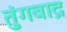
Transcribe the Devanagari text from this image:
तुंगबाद्र